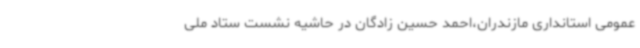
عمومی استانداری مازندران،احمد حسین زادگان در حاشیه نشست ستاد ملی